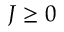
J \geq 0